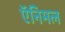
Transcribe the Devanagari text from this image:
ऍनिमल